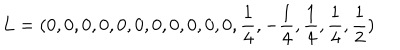
L = ( 0 , 0 , 0 , 0 , 0 , 0 , 0 , 0 , 0 , 0 , 0 , { \frac { 1 } { 4 } } , - { \frac { 1 } { 4 } } , { \frac { 1 } { 4 } } , { \frac { 1 } { 4 } } , { \frac { 1 } { 2 } } )